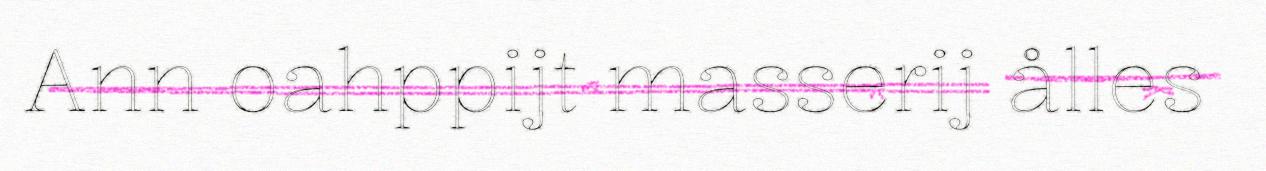
Ann oahppijt masserij ålles